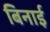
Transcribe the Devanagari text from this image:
बिनाई